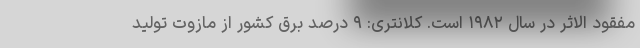
مفقود الاثر در سال ۱۹۸۲ است. کلانتری: ۹ درصد برق کشور از مازوت تولید